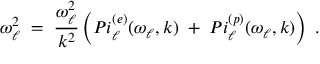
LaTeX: { \omega _ { \ell } ^ { 2 } \; = \; { \frac { \omega _ { \ell } ^ { 2 } } { k ^ { 2 } } } \left( P i _ { \ell } ^ { ( e ) } ( \omega _ { \ell } , k ) \; + \; P i _ { \ell } ^ { ( p ) } ( \omega _ { \ell } , k ) \right) \; . }